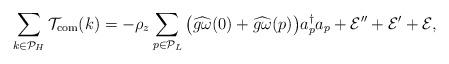
LaTeX: \begin{align*}\sum_{k \in \mathcal{P}_H} \mathcal T_{\rm{com}}(k) = - \rho_z \sum_{p \in \mathcal P_L} \big( \widehat{g \omega}(0) + \widehat{g \omega}(p) \big) a_p^\dagger a_p + \mathcal E''+ \mathcal E' + \mathcal E,\end{align*}